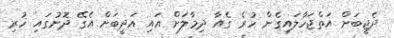
ދެޖީބަށް އަތްޖަހާލައިގެން ހުރެ ގެއާ ދިމާލަށް އައި އަދީބަށް އެގޭ ދޮށުގައި ހުރި